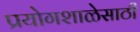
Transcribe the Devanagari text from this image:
प्रयोगशाळेसाठी